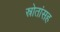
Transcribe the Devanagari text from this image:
स्रोतांसह